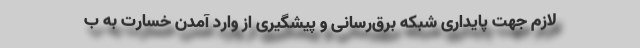
لازم جهت پایداری شبکه برق‌رسانی و پیشگیری از وارد آمدن خسارت به ب